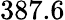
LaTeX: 387.6